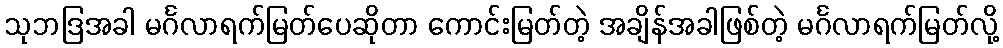
သုဘဒြအခါ မင်္ဂလာရက်မြတ်ပေဆိုတာ ကောင်းမြတ်တဲ့ အချိန်အခါဖြစ်တဲ့ မင်္ဂလာရက်မြတ်လို့